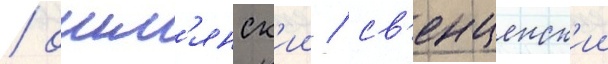
/ ошм'янск'ии / св'енцянск'ии